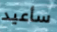
سأعيد